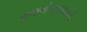
રાજગોપાલાચારીનો